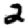
Digit: 2